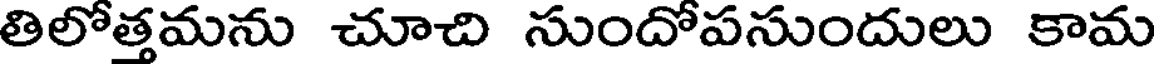
తిలోత్తమను చూచి సుందోపసుందులు కామ